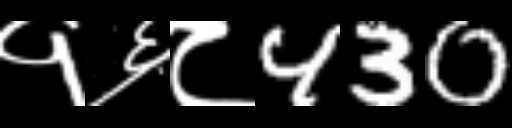
Text: १६८430